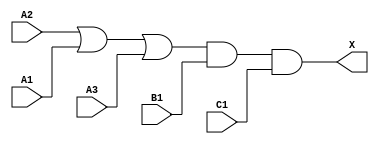
module sky130_fd_sc_ms__o311a_7 (
    X ,
    A1,
    A2,
    A3,
    B1,
    C1
);
    output X ;
    input  A1;
    input  A2;
    input  A3;
    input  B1;
    input  C1;
    wire or0_out   ;
    wire and0_out_X;
    or  or0  (or0_out   , A2, A1, A3     );
    and and0 (and0_out_X, or0_out, B1, C1);
    buf buf0 (X         , and0_out_X     );
endmodule